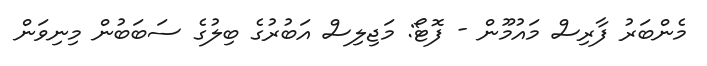
މެންބަރު ފާރިސް މައުމޫން - ފޮޓޯ: މަޖިލިސް އަބުރުގެ ބިލުގެ ސަބަބުން މިނިވަން